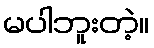
မပါဘူးတဲ့။